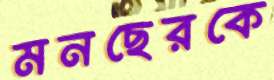
মনছেরকে